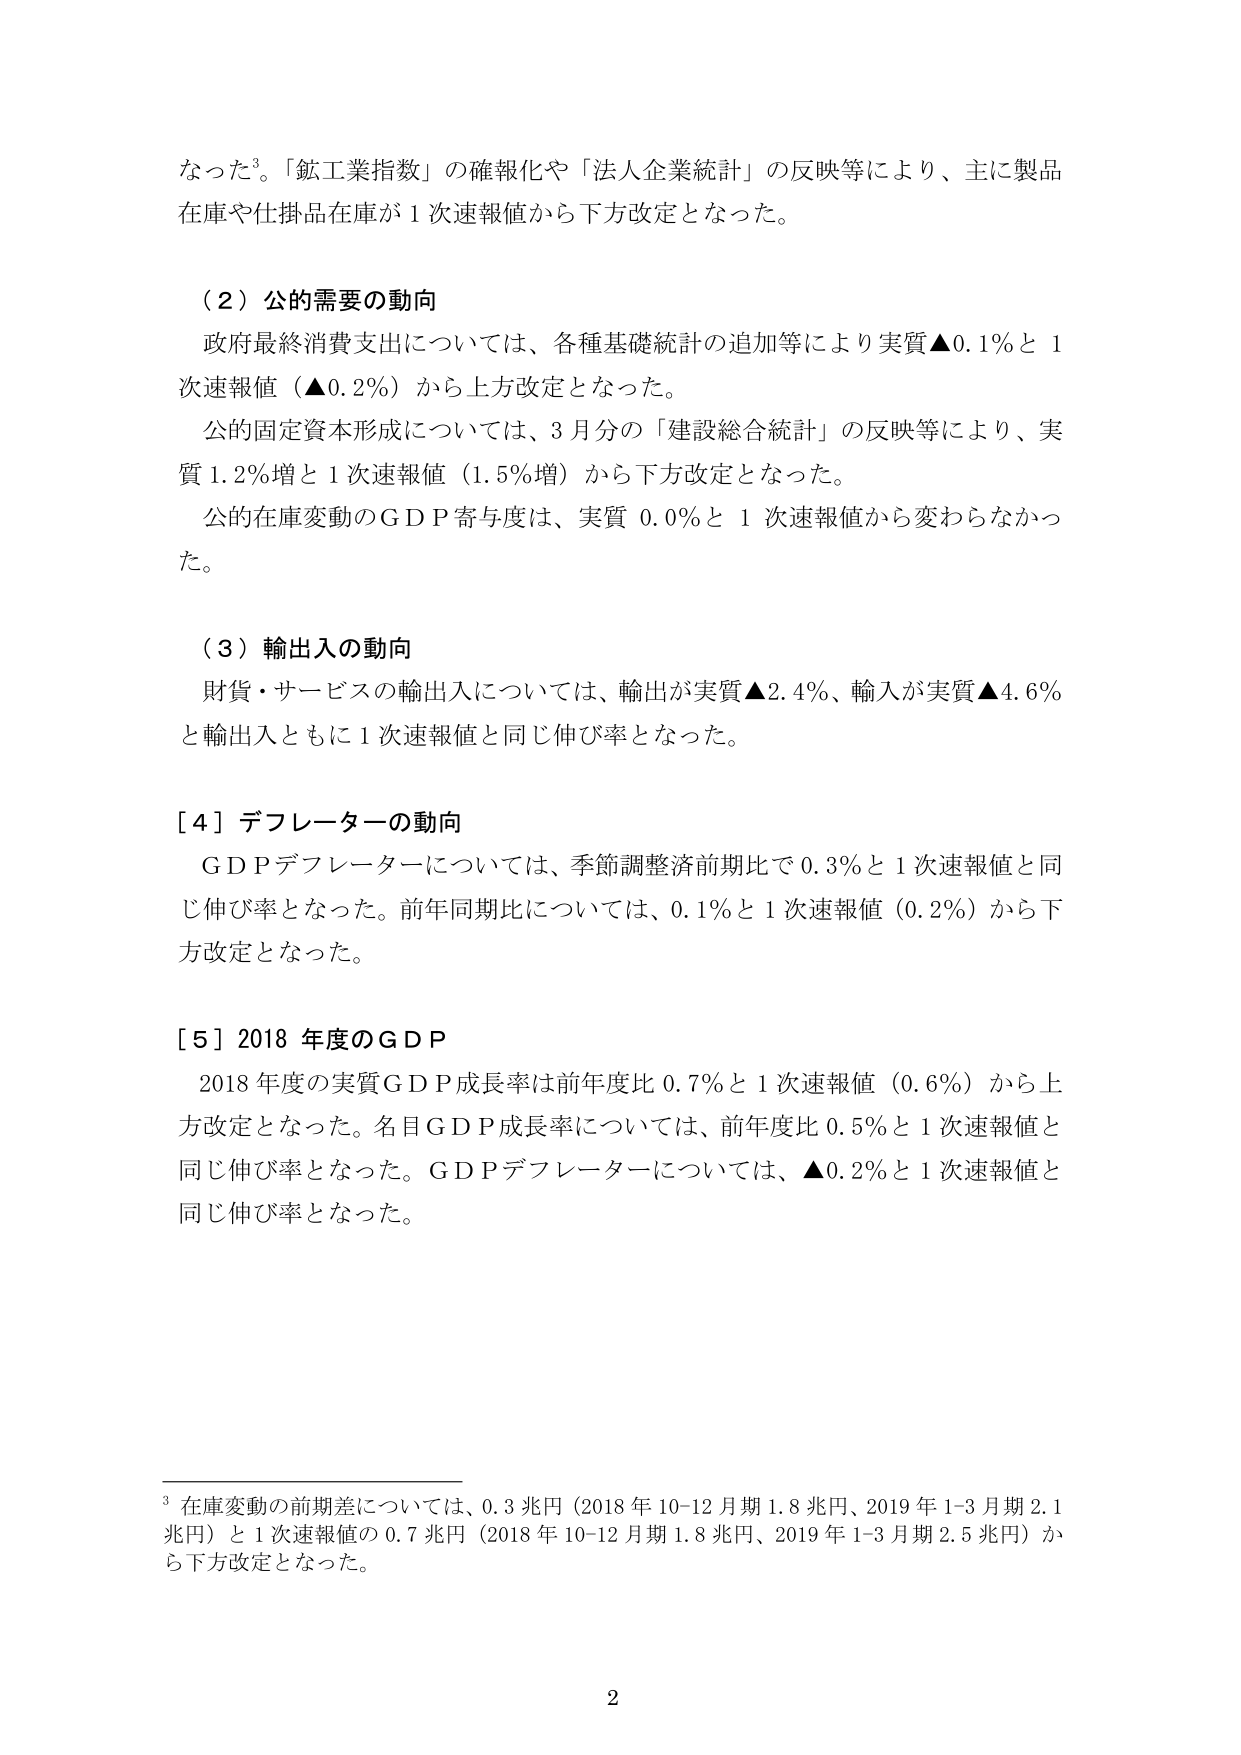
なった³。「鉱工業指数」の確報化や「法人企業統計」の反映等により、主に製品在庫や仕掛品在庫が１次速報値から下方改定となった。

（２）公的需要の動向
政府最終消費支出については、各種基礎統計の追加等により実質▲0.1％と１次速報値（▲0.2％）から上方改定となった。
公的固定資本形成については、３月分の「建設総合統計」の反映等により、実質1.2％増と１次速報値（1.5％増）から下方改定となった。
公的在庫変動のＧＤＰ寄与度は、実質0.0％と１次速報値から変わらなかった。

（３）輸出入の動向
財貨・サービスの輸出入については、輸出が実質▲2.4％、輸入が実質▲4.6％と輸出入ともに１次速報値と同じ伸び率となった。

［４］デフレーターの動向
ＧＤＰデフレーターについては、季節調整済前期比で0.3％と１次速報値と同じ伸び率となった。前年同期比については、0.1％と１次速報値（0.2％）から下方改定となった。

［５］2018年度のＧＤＰ
2018年度の実質ＧＤＰ成長率は前年度比0.7％と１次速報値（0.6％）から上方改定となった。名目ＧＤＰ成長率については、前年度比0.5％と１次速報値と同じ伸び率となった。ＧＤＰデフレーターについては、▲0.2％と１次速報値と同じ伸び率となった。

³ 在庫変動の前期差については、0.3兆円（2018年10-12月期1.8兆円、2019年1-3月期2.1兆円）と１次速報値の0.7兆円（2018年10-12月期1.8兆円、2019年1-3月期2.5兆円）から下方改定となった。

2